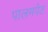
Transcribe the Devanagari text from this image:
पालमपेठ